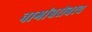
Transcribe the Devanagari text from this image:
नागांबरोबरच